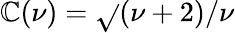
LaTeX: \mathbb{C}(\nu)=\sqrt{}{{(\nu+2)/\nu}}